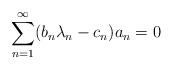
LaTeX: \begin{align*}\sum_{n=1}^\infty (b_n\lambda_n-c_n)a_n=0\end{align*}